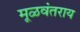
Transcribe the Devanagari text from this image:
मूळवंतराय